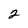
Character: 2